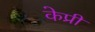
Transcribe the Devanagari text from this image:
केप्री